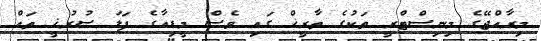
މިރާއްޖޭގެ މިނިސްޓްރީ ތަކުގެ ތާރީޚް ގައި ވެސް މީޑިއާގެ ފަލަ ސުރުޚީ ތައް